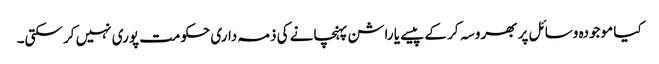
کیا موجودہ وسائل پر بھروسہ کر کے پیسے یا راشن پہنچانے کی ذمہ داری حکومت پوری نہیں کر سکتی۔